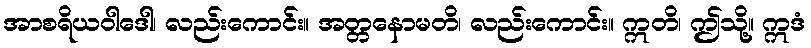
အာစရိယဝါဒေါ၊ လည်းကောင်း။ အတ္တနောမတိ၊ လည်းကောင်း။ ဣတိ၊ ဤသို့။ ဣဒံ